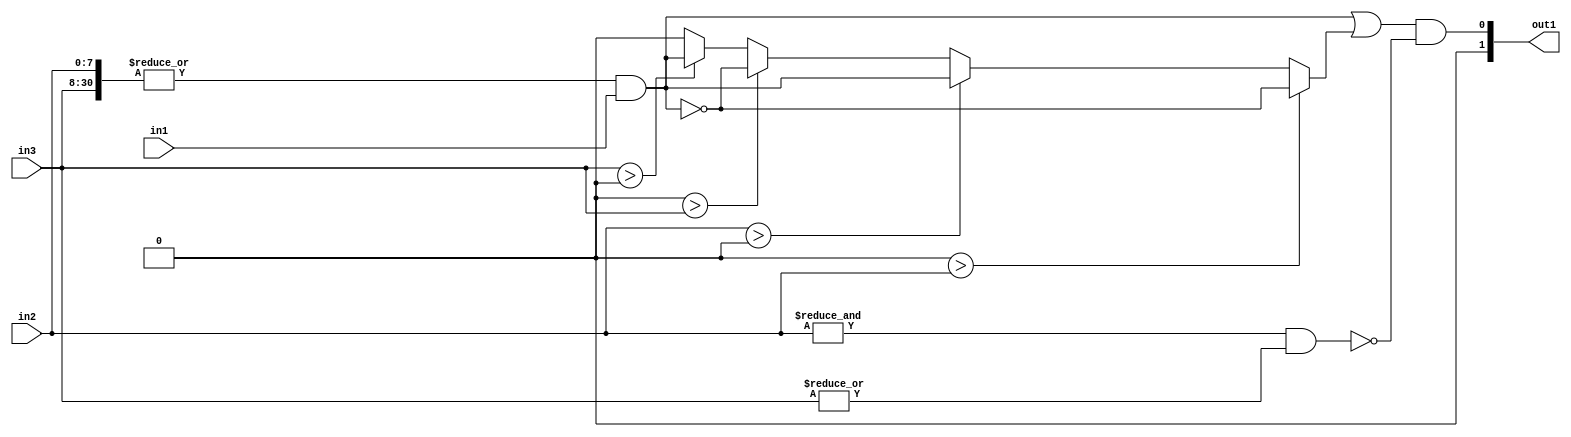
`timescale 1ps / 1ps
/*****************************************************************************
    Verilog RTL Description
    
    
    Created by: CellMath Designer 2019.1.01 
*******************************************************************************/

module fp_cmp_cynw_cm_float_ltle_1_0 (
	in1,
	in2,
	in3,
	out1
	); /* architecture "behavioural" */ 
input  in1;
input [7:0] in2;
input [22:0] in3;
output [1:0] out1;
wire [30:0] asc001;
wire  asc004,
	asc005,
	asc007,
	asc008,
	asc009,
	asc010,
	asc011,
	asc012,
	asc014,
	asc015,
	asc016,
	asc017,
	asc018,
	asc019,
	asc021,
	asc022,
	asc023,
	asc025,
	asc026;

assign asc001 = {in2,in3};

assign asc005 = 
	(|asc001);

assign asc004 = 
	(asc005)
	&(in1);

assign asc008 = 
	(|in3);

assign asc007 = 
	(&in2)
	&(asc008);

assign asc009 = (13'B0000000000000>in2);

assign asc010 = (in2>13'B0000000000000);

assign asc011 = (28'B0000000000000000000000000000>in3);

assign asc012 = (in3>28'B0000000000000000000000000000);

assign asc016 = 
	(asc004)
	&(1'B1);

assign asc018 = 
	(asc004)
	|(1'B1);

assign asc021 = 
	((~asc004));

assign asc025 = 
	((~asc004));

reg [0:0] asc026_tmp_0;
assign asc026 = asc026_tmp_0;
always @ (asc012 or asc004) begin
	case (asc012)
		1'B1 : asc026_tmp_0 = asc004 ;
		default : asc026_tmp_0 = 1'B0 ;
	endcase
end

reg [0:0] asc023_tmp_1;
assign asc023 = asc023_tmp_1;
always @ (asc011 or asc025 or asc026) begin
	case (asc011)
		1'B1 : asc023_tmp_1 = asc025 ;
		default : asc023_tmp_1 = asc026 ;
	endcase
end

reg [0:0] asc022_tmp_2;
assign asc022 = asc022_tmp_2;
always @ (asc010 or asc004 or asc023) begin
	case (asc010)
		1'B1 : asc022_tmp_2 = asc004 ;
		default : asc022_tmp_2 = asc023 ;
	endcase
end

reg [0:0] asc019_tmp_3;
assign asc019 = asc019_tmp_3;
always @ (asc009 or asc021 or asc022) begin
	case (asc009)
		1'B1 : asc019_tmp_3 = asc021 ;
		default : asc019_tmp_3 = asc022 ;
	endcase
end

assign asc017 = 
	(asc018)
	&(asc019);

assign asc015 = 
	(asc016)
	|(asc017);

assign asc014 = 
	(asc015)
	&((~asc007));

assign out1 = {1'B0, asc014};
endmodule

/* CADENCE  urf5SA/X : u9/ySgnWtBlWxVPRXgAZ4Og= ** DO NOT EDIT THIS LINE ******/